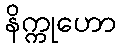
နိက္ကုဟော